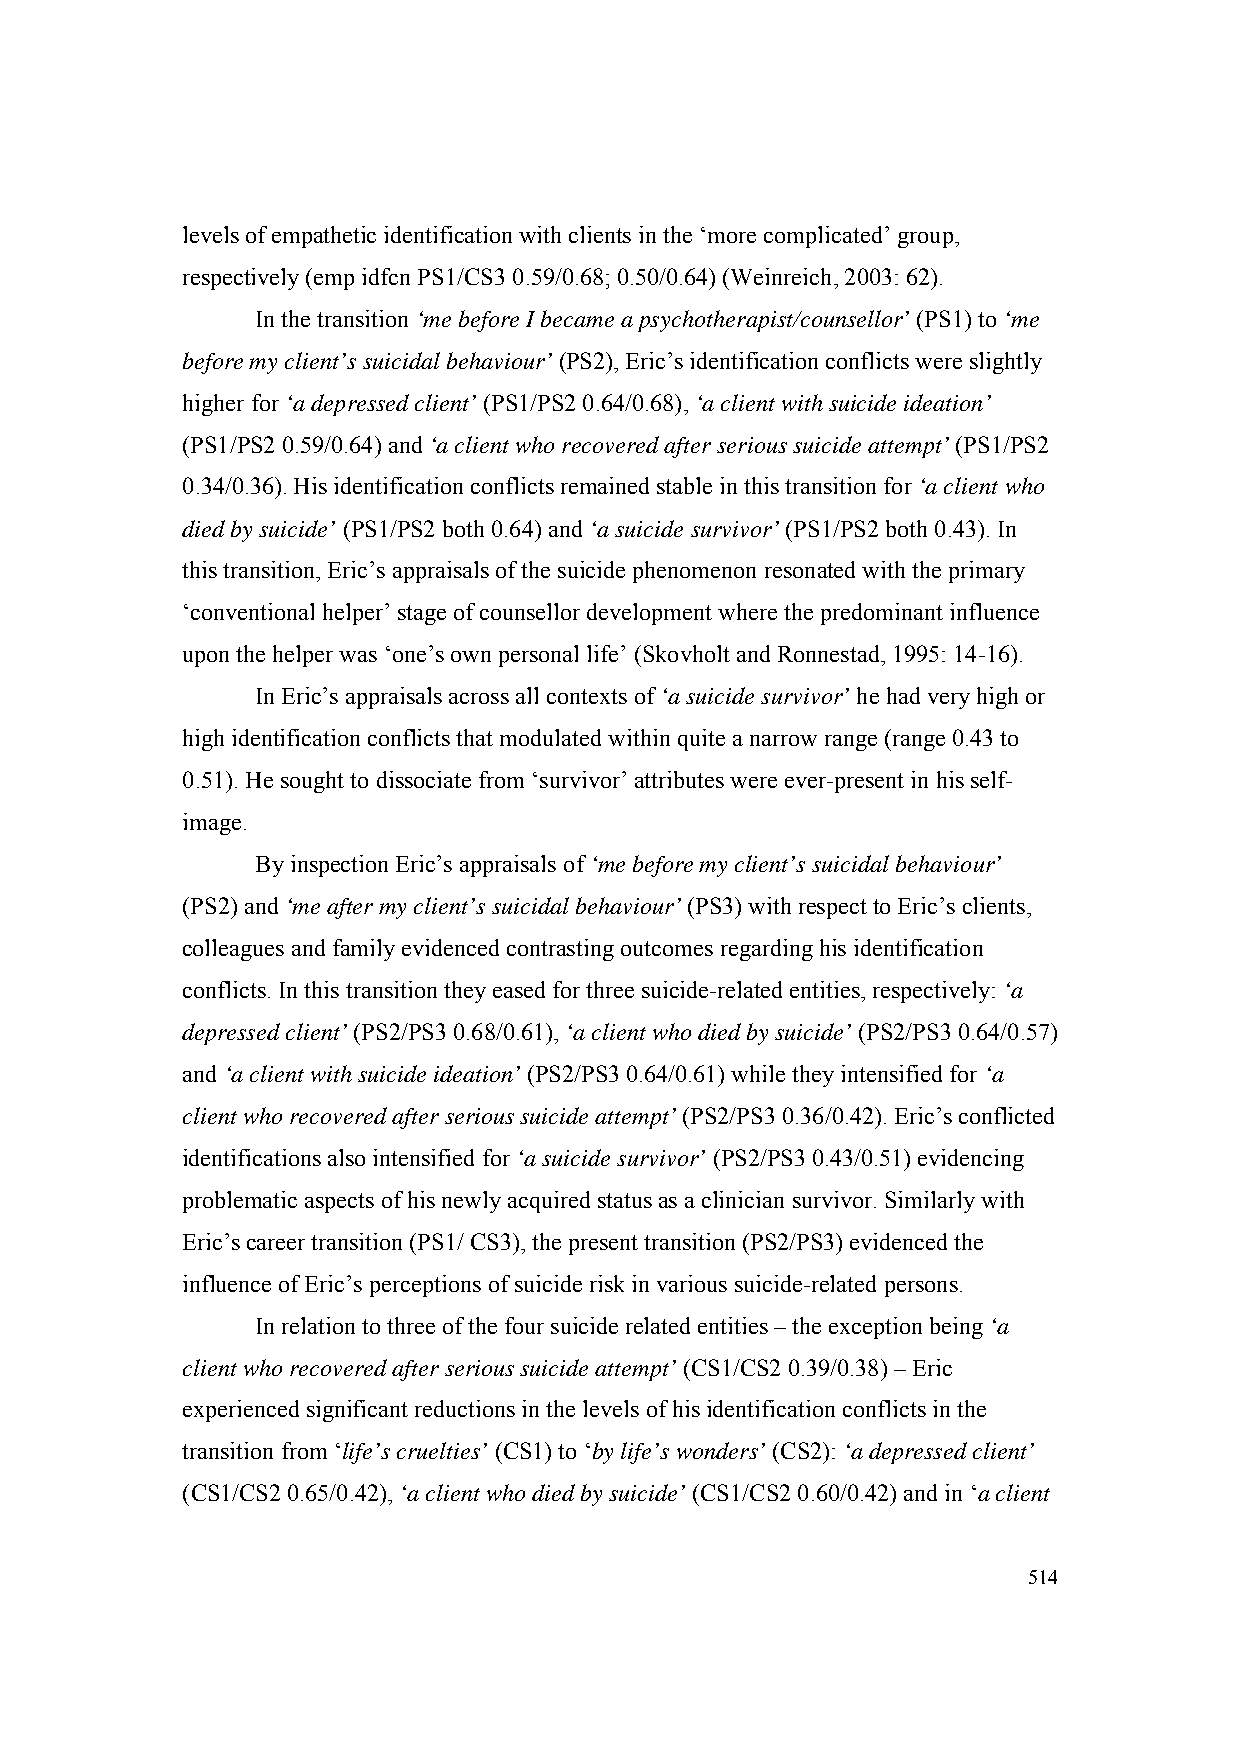
levels of empathetic identification with clients in the ‘more complicated’ group,
 respectively (emp idfcn PS1/CS3 0.59/0.68; 0.50/0.64) (Weinreich, 2003: 62).
 In the transition ‘me before I became a psychotherapist/counsellor’ (PS1) to ‘me
 before my client’s suicidal behaviour’ (PS2), Eric’s identification conflicts were slightly
 higher for ‘a depressed client’ (PS1/PS2 0.64/0.68), ‘a client with suicide ideation’
 (PS1/PS2 0.59/0.64) and ‘a client who recovered after serious suicide attempt’ (PS1/PS2
 0.34/0.36). His identification conflicts remained stable in this transition for ‘a client who
 died by suicide’ (PS1/PS2 both 0.64) and ‘a suicide survivor’ (PS1/PS2 both 0.43). In
 this transition, Eric’s appraisals of the suicide phenomenon resonated with the primary
 ‘conventional helper’ stage of counsellor development where the predominant influence
 upon the helper was ‘one’s own personal life’ (Skovholt and Ronnestad, 1995: 14-16).
 In Eric’s appraisals across all contexts of ‘a suicide survivor’ he had very high or
 high identification conflicts that modulated within quite a narrow range (range 0.43 to
 0.51). He sought to dissociate from ‘survivor’ attributes were ever-present in his self-
 image.
 By inspection Eric’s appraisals of ‘me before my client’s suicidal behaviour’
 (PS2) and ‘me after my client’s suicidal behaviour’ (PS3) with respect to Eric’s clients,
 colleagues and family evidenced contrasting outcomes regarding his identification
 conflicts. In this transition they eased for three suicide-related entities, respectively: ‘a
 depressed client’ (PS2/PS3 0.68/0.61), ‘a client who died by suicide’ (PS2/PS3 0.64/0.57)
 and ‘a client with suicide ideation’ (PS2/PS3 0.64/0.61) while they intensified for ‘a
 client who recovered after serious suicide attempt’ (PS2/PS3 0.36/0.42). Eric’s conflicted
 identifications also intensified for ‘a suicide survivor’ (PS2/PS3 0.43/0.51) evidencing
 problematic aspects of his newly acquired status as a clinician survivor. Similarly with
 Eric’s career transition (PS1/ CS3), the present transition (PS2/PS3) evidenced the
 influence of Eric’s perceptions of suicide risk in various suicide-related persons.
 In relation to three of the four suicide related entities – the exception being ‘a
 client who recovered after serious suicide attempt’ (CS1/CS2 0.39/0.38) – Eric
 experienced significant reductions in the levels of his identification conflicts in the
 transition from ‘life’s cruelties’ (CS1) to ‘by life’s wonders’ (CS2): ‘a depressed client’
 (CS1/CS2 0.65/0.42), ‘a client who died by suicide’ (CS1/CS2 0.60/0.42) and in ‘a client
 514